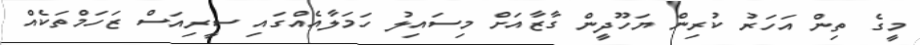
މީގެ ތިން އަހަރު ކުރިން ޔަހޫދީން ގާޒާއަށް މިސައިލު ހަމަލާއެއްގައި ސީރިއަސް ޒަހަމްތަކެއް